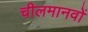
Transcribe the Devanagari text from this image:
चीलमानवों